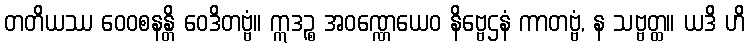
တတိယဿ ဝေဝစနန္တိ ဝေဒိတဗ္ဗံ။ ဣဒဉ္စ အဝဏ္ဏေယေဝ နိဗ္ဗေဌနံ ကာတဗ္ဗံ, န သဗ္ဗတ္ထ။ ယဒိ ဟိ